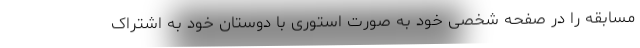
مسابقه را در صفحه شخصی خود به صورت استوری با دوستان خود به اشتراک